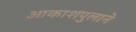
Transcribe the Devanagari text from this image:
आकाशपुलाने